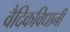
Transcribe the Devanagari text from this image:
वैदिकविधानीं